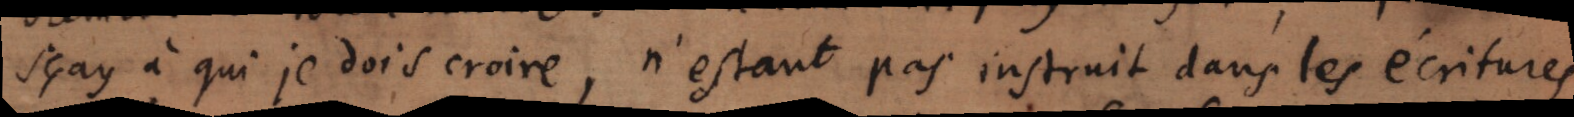
sçay à qui je dois croire, n’estant pas instruit dans les écritures